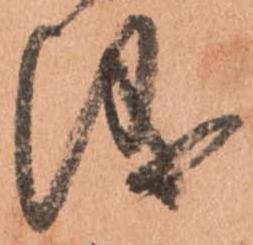
儀